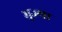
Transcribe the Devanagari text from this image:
भुज्या